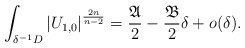
\begin{align*}\int_{\delta^{-1}D}\left|U_{1,0}\right|^{\frac{2n}{n-2}}=\frac{\mathfrak{A}}{2}-\frac{\mathfrak{B}}{2}\delta + o(\delta).\end{align*}